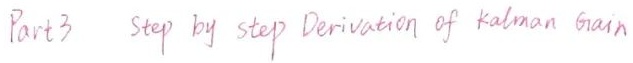
Part 3  step by step Derivation of Kalman Gain